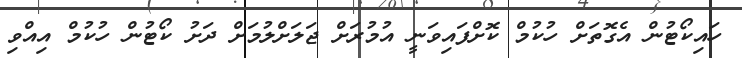
ހައިކޯޓުން އެގޮތަށް ހުކުމް ކޮށްފައިވަނީ އުމުރަށް ޖަލަށްލުމަށް ދަށު ކޯޓުން ހުކުމް އިއްވި